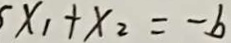
x _ { 1 } + x _ { 2 } = - b